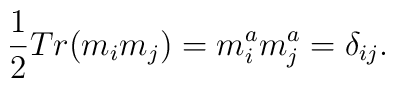
\frac 12Tr(m_im_j)=m_i^am_j^a=\delta _{ij}.